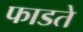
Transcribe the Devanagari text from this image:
फाडते